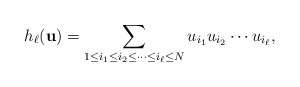
\begin{align*}h_\ell(\mathbf{u})=\sum_{1 \le i_1 \le i_2 \le \cdots \le i_\ell \le N}u_{i_1}u_{i_2}\cdots u_{i_\ell},\end{align*}